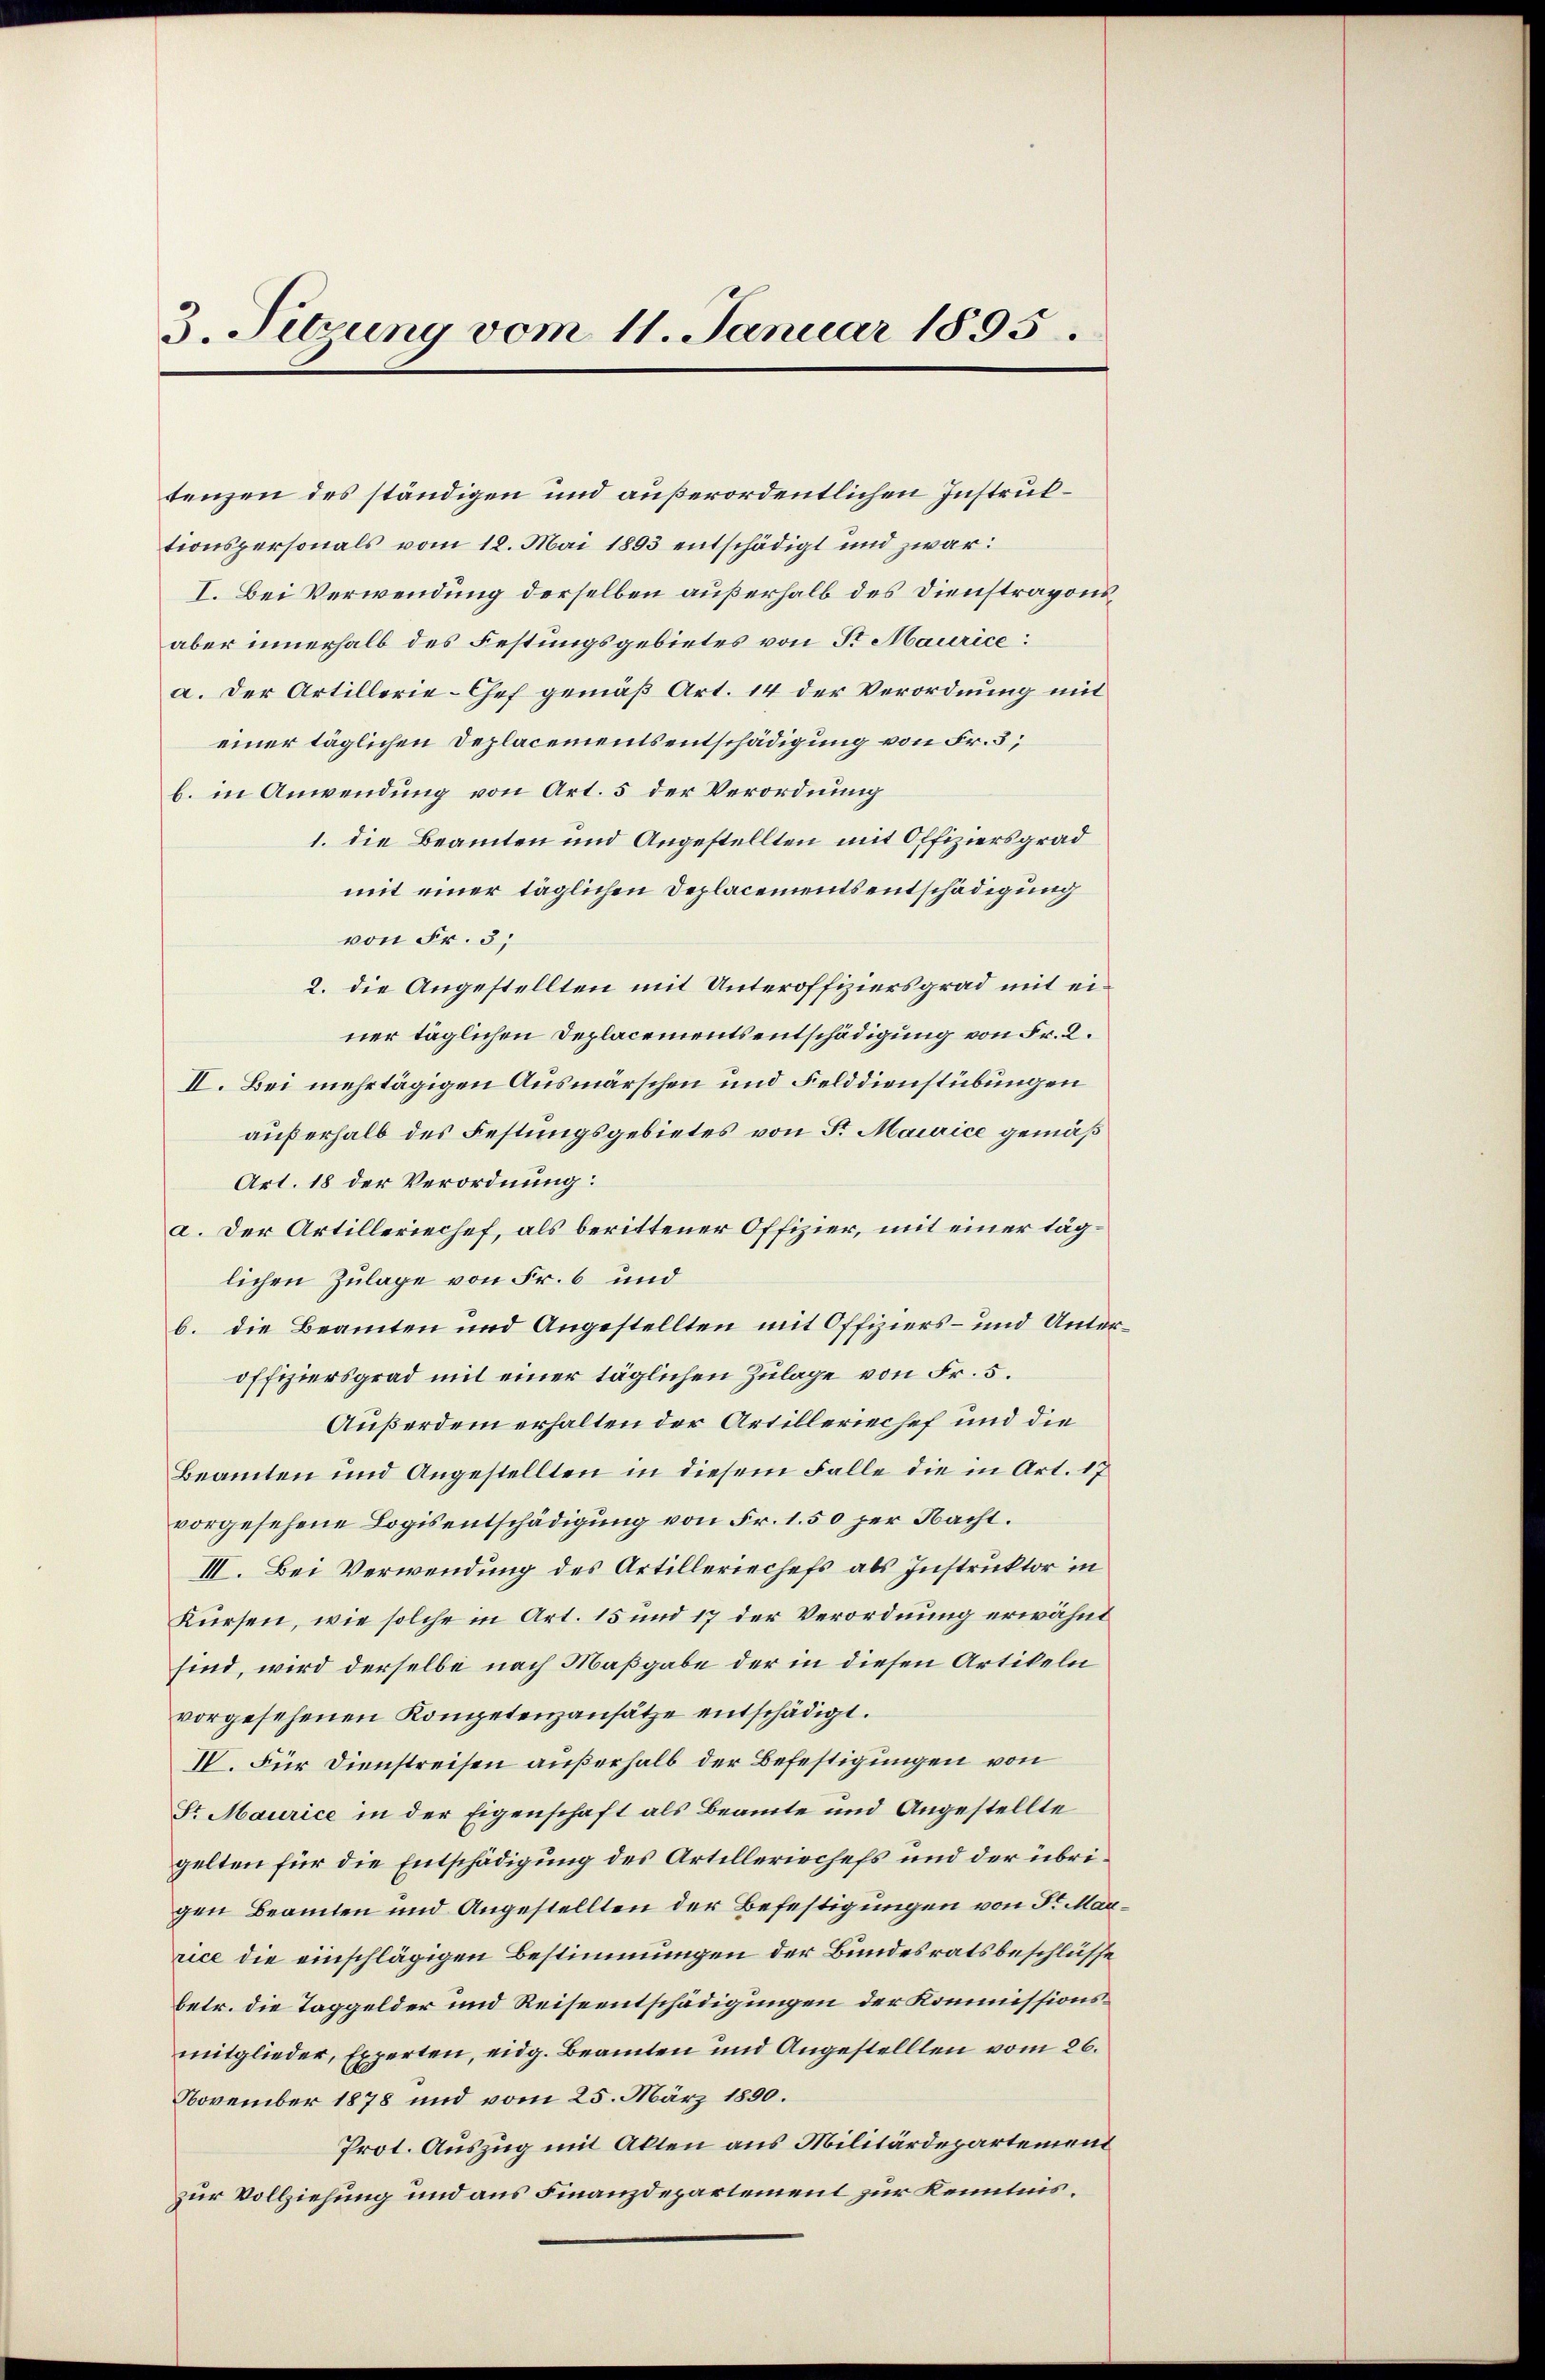
3. Sitzung vom 11. Januar 1895.

tenzen des ständigen und außerordentlichen Instruktionspersonals vom 12. Mai 1893 entschädigt und zwar:
I. Bei Verwendung derselben außerhalb des Dienstraponiaber innerhalb des Festungsgebietes von Sr Maurice:
a. Der Artillerie-Chef gemäß Art. 14 der Verordnung mit
einer täglichen Deplacementsentschädigung von Fr. 3;
b. in Anwendung von Art. 5 der Verordnung
1. die Beamten und Angestellten mit Offiziersgrad
mit einer täglichen Deplacementsentschädigung
von Fr. 3;
2. die Angestellten mit Unteroffiziersgrad mit einer täglichen Deplacementsentschädigung von Fr. 2.
II. Bei mehrtägigen Ausmärschen und Felddienstübungen
außerhalb des Festungsgebietes von Sr. Maurice gemäß
Art. 18 der Verordnung:
a. Der Artilleriechef, als berittener Offizier, mit einer täglichen Zulage von Fr. 6 und
b. die Beamten und Angestellten mit Offiziers- und Unteroffiziersgrad mit einer täglichen Zulage von Fr. 5.
Außerdem erhalten der Artilleriechef und die
Beamten und Angestellten in diesem Falle die in Art. 17
vorgesehene Logis entschädigung von Fr. 1.50 per Nacht.
III. Bei Verwendung des Artilleriechefs als Instruktor in
Kürsen, wie solche in Art. 15 und 17 der Verordnung erwähnt
sind, wird derselbe nach Maßgabe der in diesen Artikeln
vorgesehenen Kompetenzansätze entschädigt.
IV. Für Dienstreisen außerhalb der Befestigungen von
Sr Maurice in der Eigenschaft als Beamte und Angestellte
gelten für die Entschädigung des Artillerischefs und der übrigen Beamten und Angestellten der Befestigungen von Sr. Marrice die einschlägigen Bestimmungen der Bundesratsbeschlüsse
betr. die Taggelder und Reiseentschädigungen der Kommissionsmitglieder, Experten, eidg. Beamten und Angestellten vom 26.
November 1878 und vom 25. März 1890.
Prot. Auszug mit Akten aus Militärdepartement
zur Vollziehung und aus Finanzdepartement zur Kenntnis¬